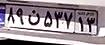
۸۹ن۵۳۷۱۳